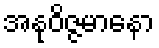
အနုဝိဇ္ဇမာနော